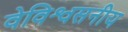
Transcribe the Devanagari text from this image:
वेविश्वसनीय